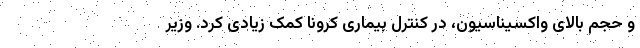
و حجم بالای واکسیناسیون، در کنترل بیماری کرونا کمک زیادی کرد. وزیر